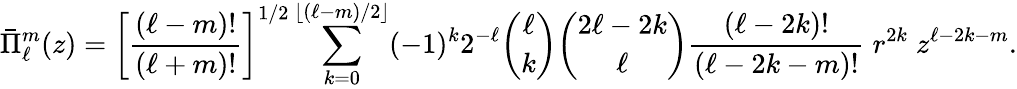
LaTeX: {\bar{\Pi}}_{\ell}^{m}(z)=\left[{\frac{(\ell-m)!}{(\ell+m)!}}\right]^{1/2}\sum_{k=0}^{\left\lfloor(\ell-m)/2\right\rfloor}(-1)^{k}2^{-\ell}{\binom{\ell}{k}}{\binom{2\ell-2k}{\ell}}{\frac{(\ell-2k)!}{(\ell-2k-m)!}}\; r^{2k}\; z^{\ell-2k-m}.